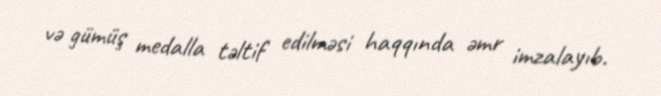
və gümüş medalla təltif edilməsi haqqında əmr imzalayıb.